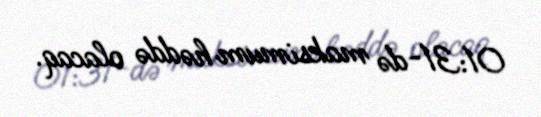
01:31-də maksimum həddə olacaq.